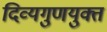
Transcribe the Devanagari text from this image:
दिव्यगुणयुक्त